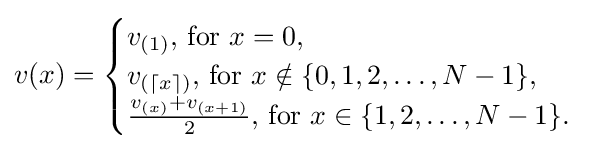
v(x)={\begin{cases}v_{(1)}{\text{, for }}x=0,\\v_{(\lceil x\rceil )}{\text{, for }}x\notin \{0,1,2,\ldots ,N-1\},\\{\frac {v_{(x)}+v_{(x+1)}}{2}}{\text{, for }}x\in \{1,2,\ldots ,N-1\}.\end{cases}}